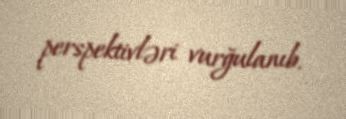
perspektivləri vurğulanıb.